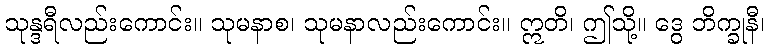
သုန္ဒရီလည်းကောင်း။ သုမနာစ၊ သုမနာလည်းကောင်း။ ဣတိ၊ ဤသို့။ ဒွေ ဘိက္ခုနီ၊